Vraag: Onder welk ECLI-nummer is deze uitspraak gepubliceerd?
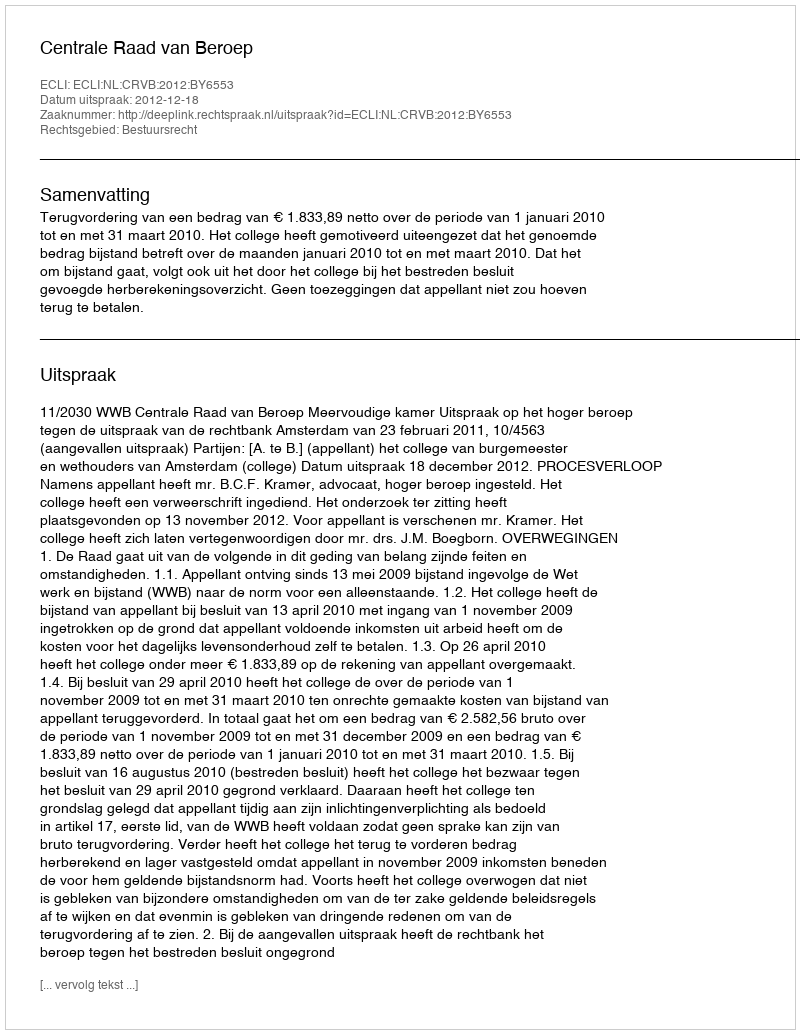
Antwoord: ECLI:NL:CRVB:2012:BY6553